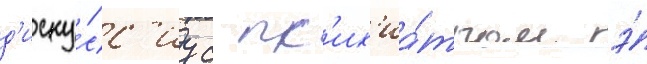
д'иску́сс'иу с пс'их'иа́тром э́